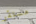
مستقر